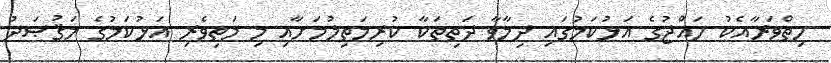
ހިތްވަރާއެކު ހައްޖުގެ އަޅުކަމުގައި ދިމާވާ ދަތިތަކާ ކުރިމަތިލުމަށާއި މި މަތިވެރި އަޅުކަމުގެ މަޤުޞަދު